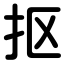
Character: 抠